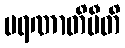
မရဏာတိပီတိ